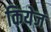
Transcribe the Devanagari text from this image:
कियेज